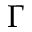
\Gamma